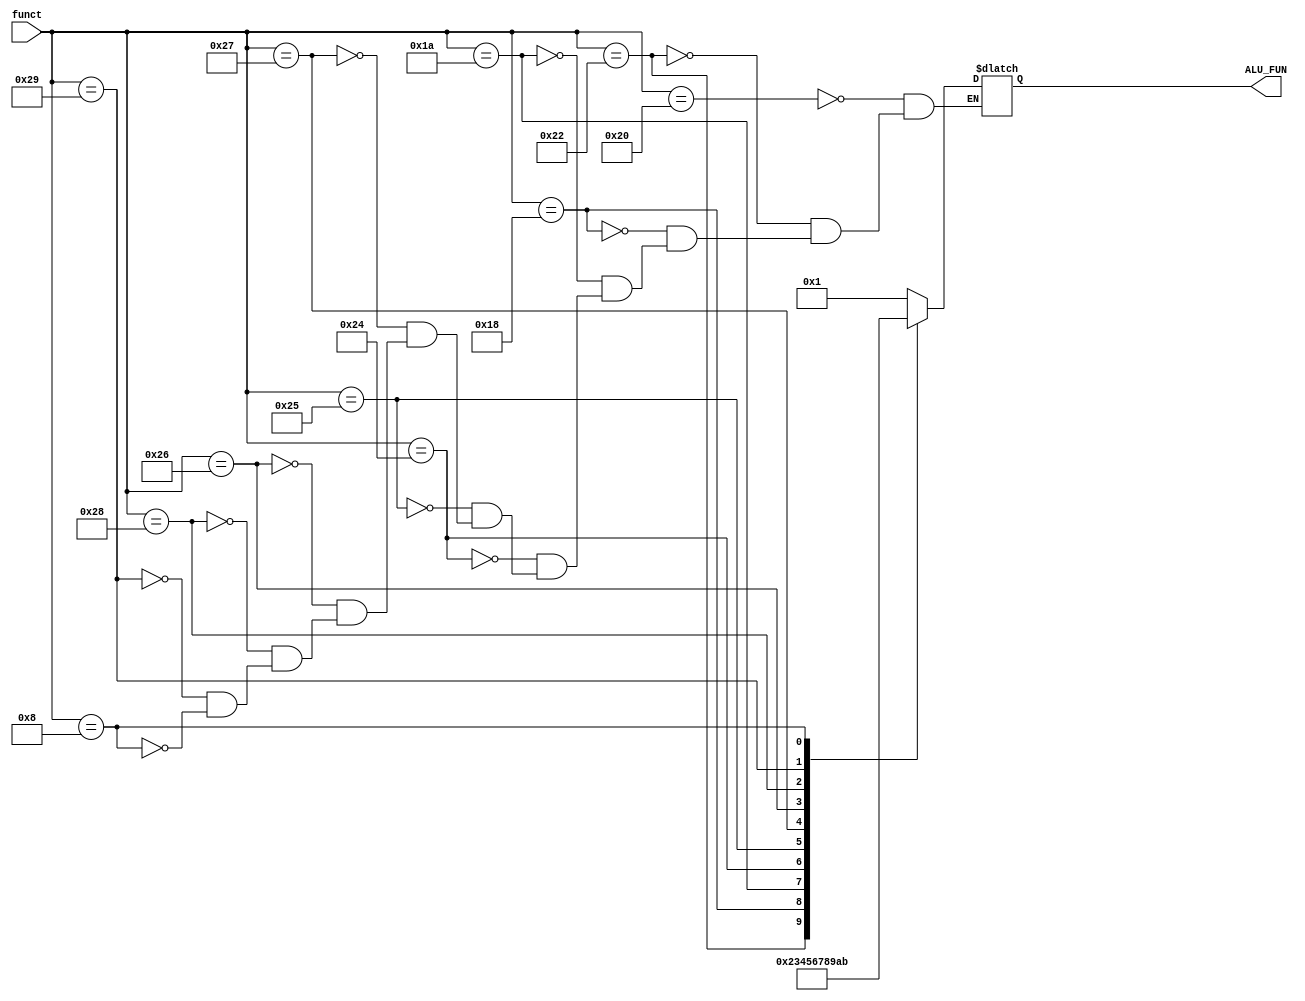
`timescale 1ns / 1ps
//////////////////////////////////////////////////////////////////////////////////
// Company: 
// Engineer: 
// 
// Design Name: 
// Module Name:    ControlAlu 
// Project Name: 
// Target Devices: 
// Tool versions: 
// Description: 
//
// Dependencies: 
//
// Revision: 
// Revision 0.01 - File Created
// Additional Comments: 
//
//////////////////////////////////////////////////////////////////////////////////
module ControlAlu(input [5:0] funct, output reg [3:0] ALU_FUN);

always @(funct)begin

	case(funct)
		6'b100000: ALU_FUN = 4'b0001; //add
		6'b100010: ALU_FUN = 4'b0010; //sub
		6'b011000: ALU_FUN = 4'b0011; //mult
		6'b011010: ALU_FUN = 4'b0100; //div
		6'b100100: ALU_FUN = 4'b0101; //and
		6'b100101: ALU_FUN = 4'b0110; //or
		6'b100111: ALU_FUN = 4'b0111; //nor
		6'b100110: ALU_FUN = 4'b1000; //xor
		6'b101000: ALU_FUN = 4'b1001; //not
		6'b101001: ALU_FUN = 4'b1010; //nand
		6'b001000: ALU_FUN = 4'b1011; //jr
	endcase
end
			


endmodule